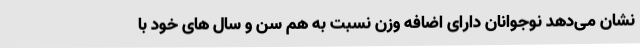
نشان می‌دهد نوجوانان دارای اضافه وزن نسبت به هم سن و سال های خود با